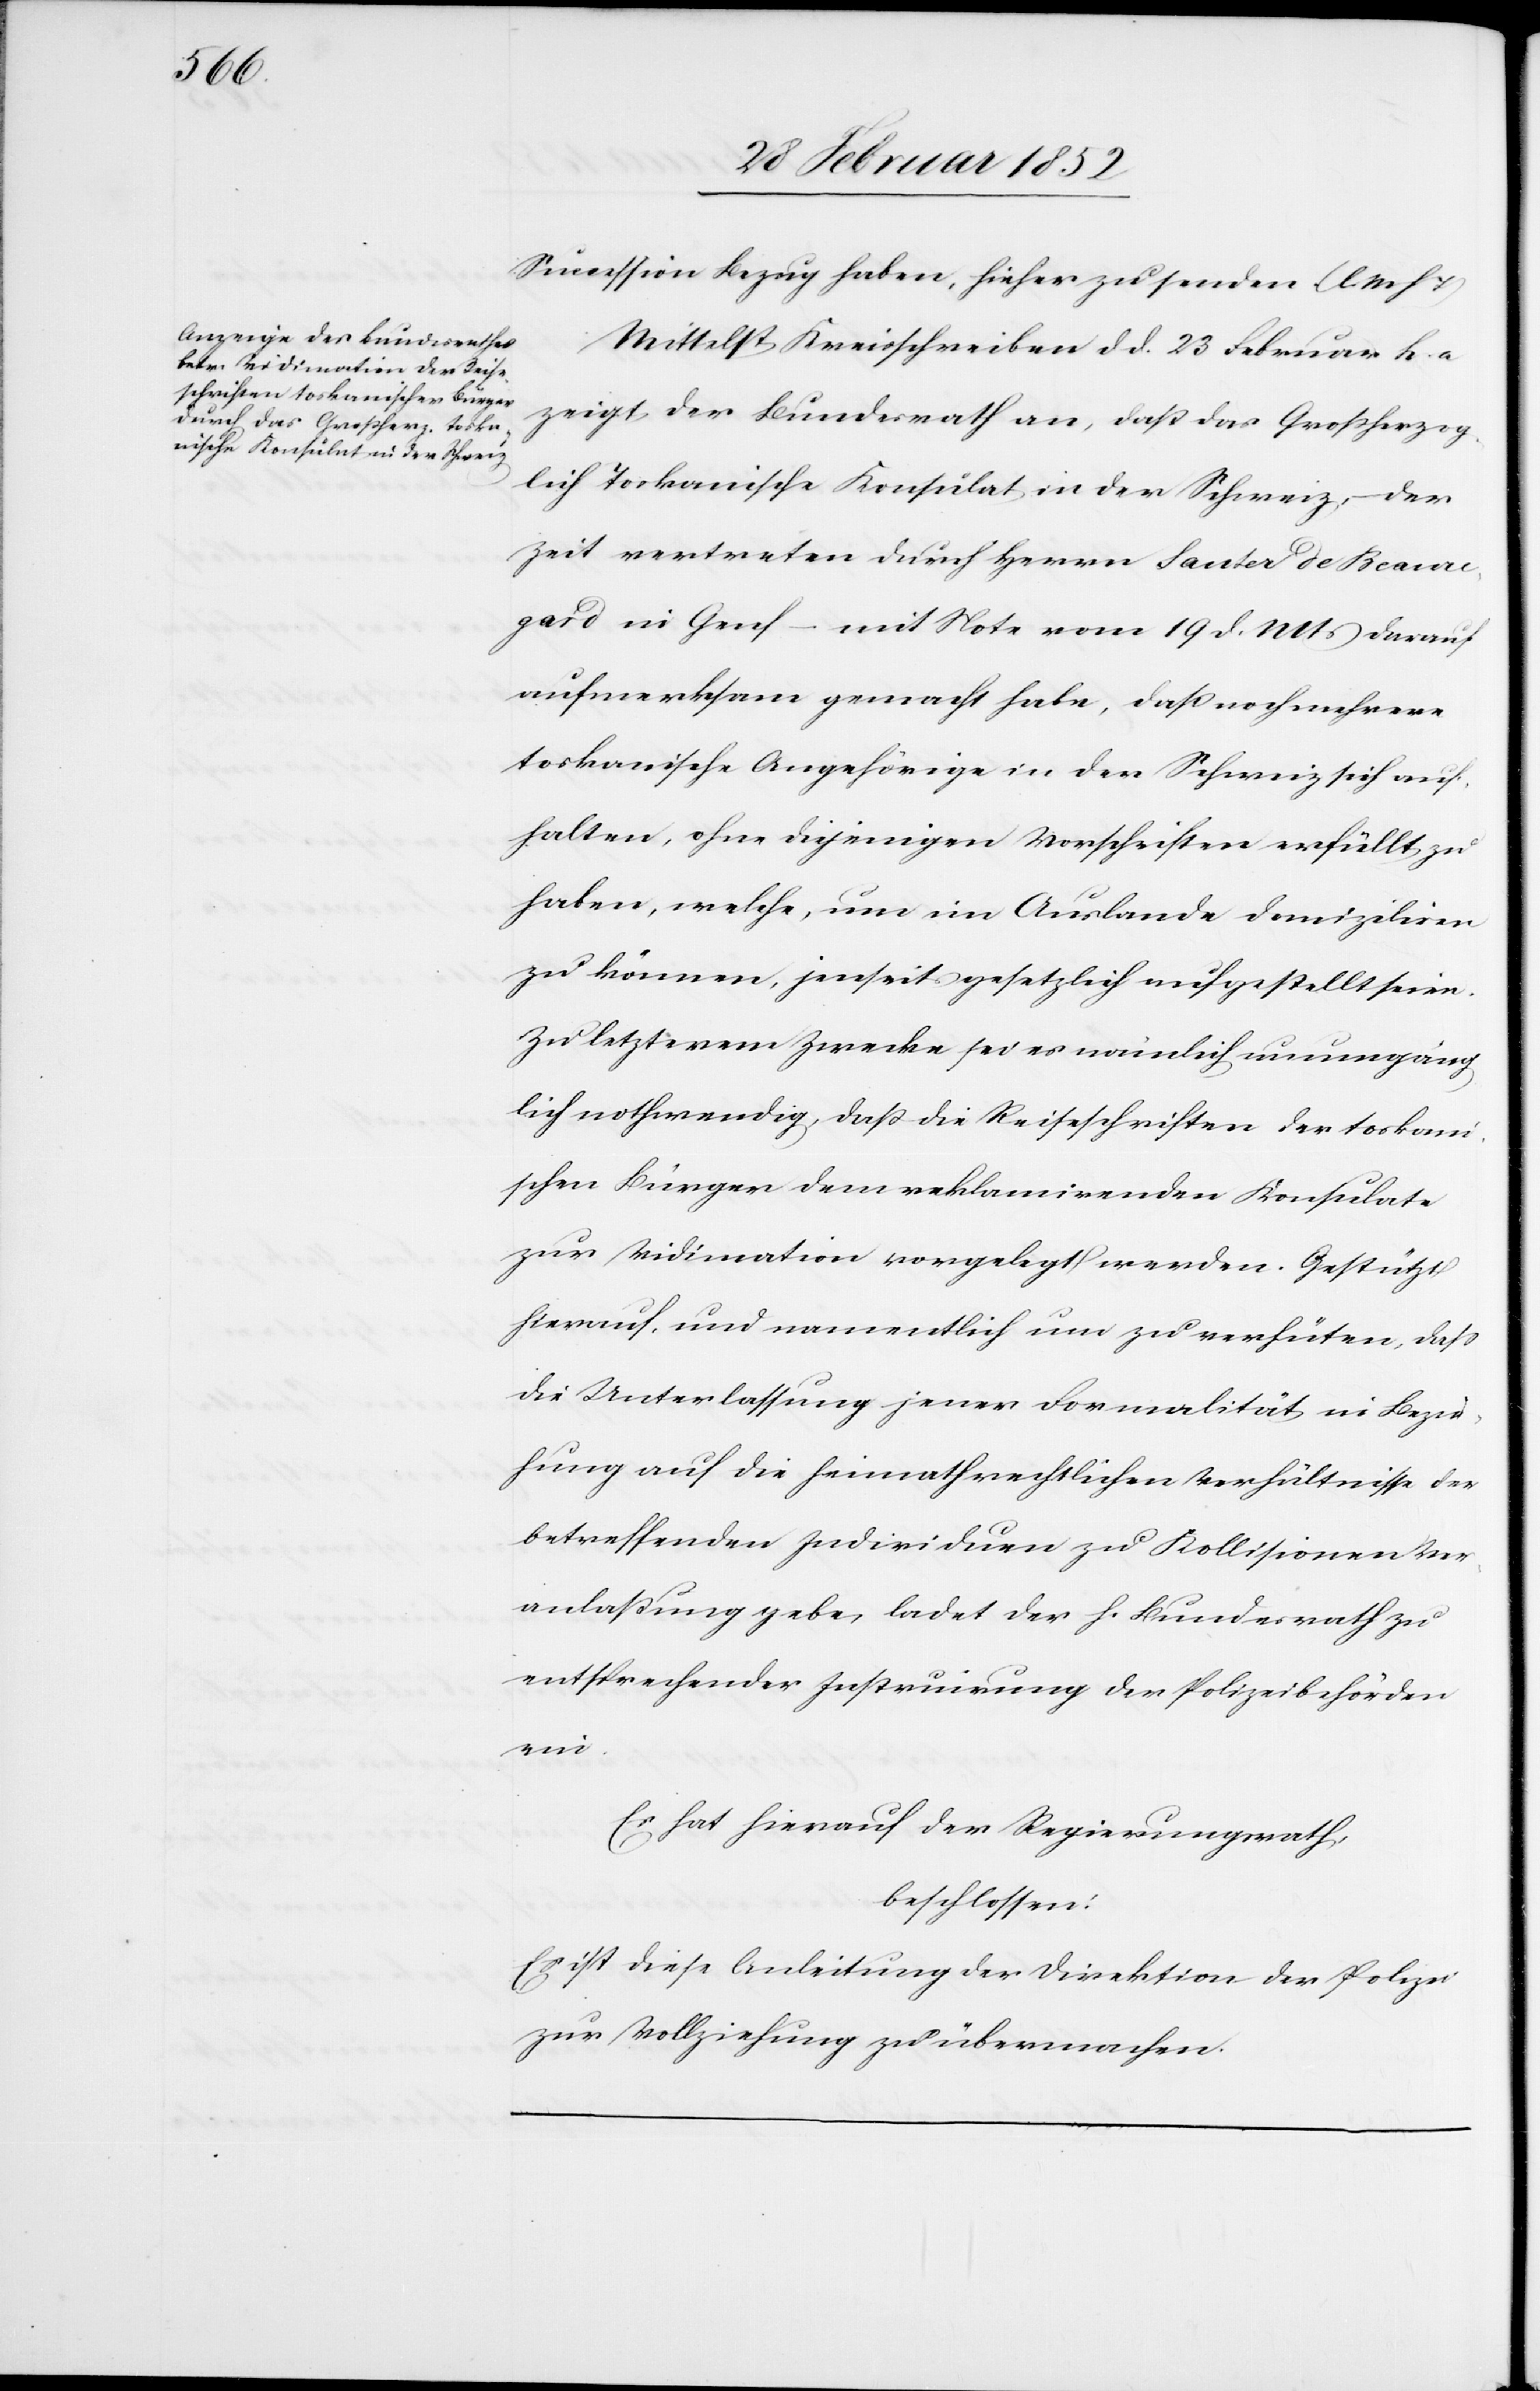
Sucession Bezug haben, hieher zu senden. (lMhT)
Mittelst Kreisschreiben dd. 23 Februar h. a
zeigt der Bundesrath an, daß das Großherzog¬
lich toskanische Konsulat in der Schweiz, – der
Zeit vertreten durch Herrn Sauter de Beance¬
gard in Genf – mit Note vom 19 d. Mts darauf
aufmerksam gemacht habe, daß noch mehrere
toskanische Angehörige in der Schweiz sich auf¬
halten, ohne diejenigen Vorschriften erfüllt zu
haben, welche, um im Auslande domiziliren
zu können, jenseits gesetzlich aufgestellt seien.
Zu letzterem Zwecke sei es nämlich unumgäng¬
lich nothwendig, daß die Reiseschriften der toskani¬
schen Bürger dem reklamirenden Konsulate
zur Vidination vorgelegt werden. Gestützt
hierauf, und namentlich um zu verhüten, daß
die Unterlassung jener Formalität in Bezie¬
hung auf die heimathrechtlichen Verhältnisse der
betreffenden Individuen zu Kollisionen Ver¬
anlaßung gebe, ladet der h. Bundesrath zu
entsprechender Instruirung der Polizeibehörden
ein.
Es hat hierauf der Regierungsrath,
beschlossen:
Es ist diese Anleitung der Direktion der Polizei
zur Vollziehung zu übermachen.